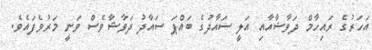
އަހަރުގެ ރައިހާމް ދަވާޝާއާއި އަލީ ސައާދުގެ ބައްޕަ ސައާދު ދަވާޝާވެސް ވަނީ މަރުވެފައެވެ.